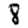
Digit: 8